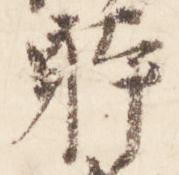
躰